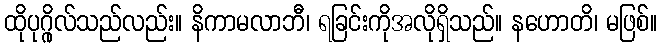
ထိုပုဂ္ဂိုလ်သည်လည်း။ နိကာမလာဘီ၊ ရခြင်းကိုအလိုရှိသည်။ နဟောတိ၊ မဖြစ်။